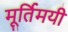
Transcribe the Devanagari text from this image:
मूर्तिमयी